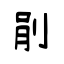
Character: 剈